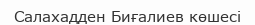
Салахадден Биғалиев көшесі